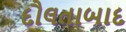
દૌલતાબાદ